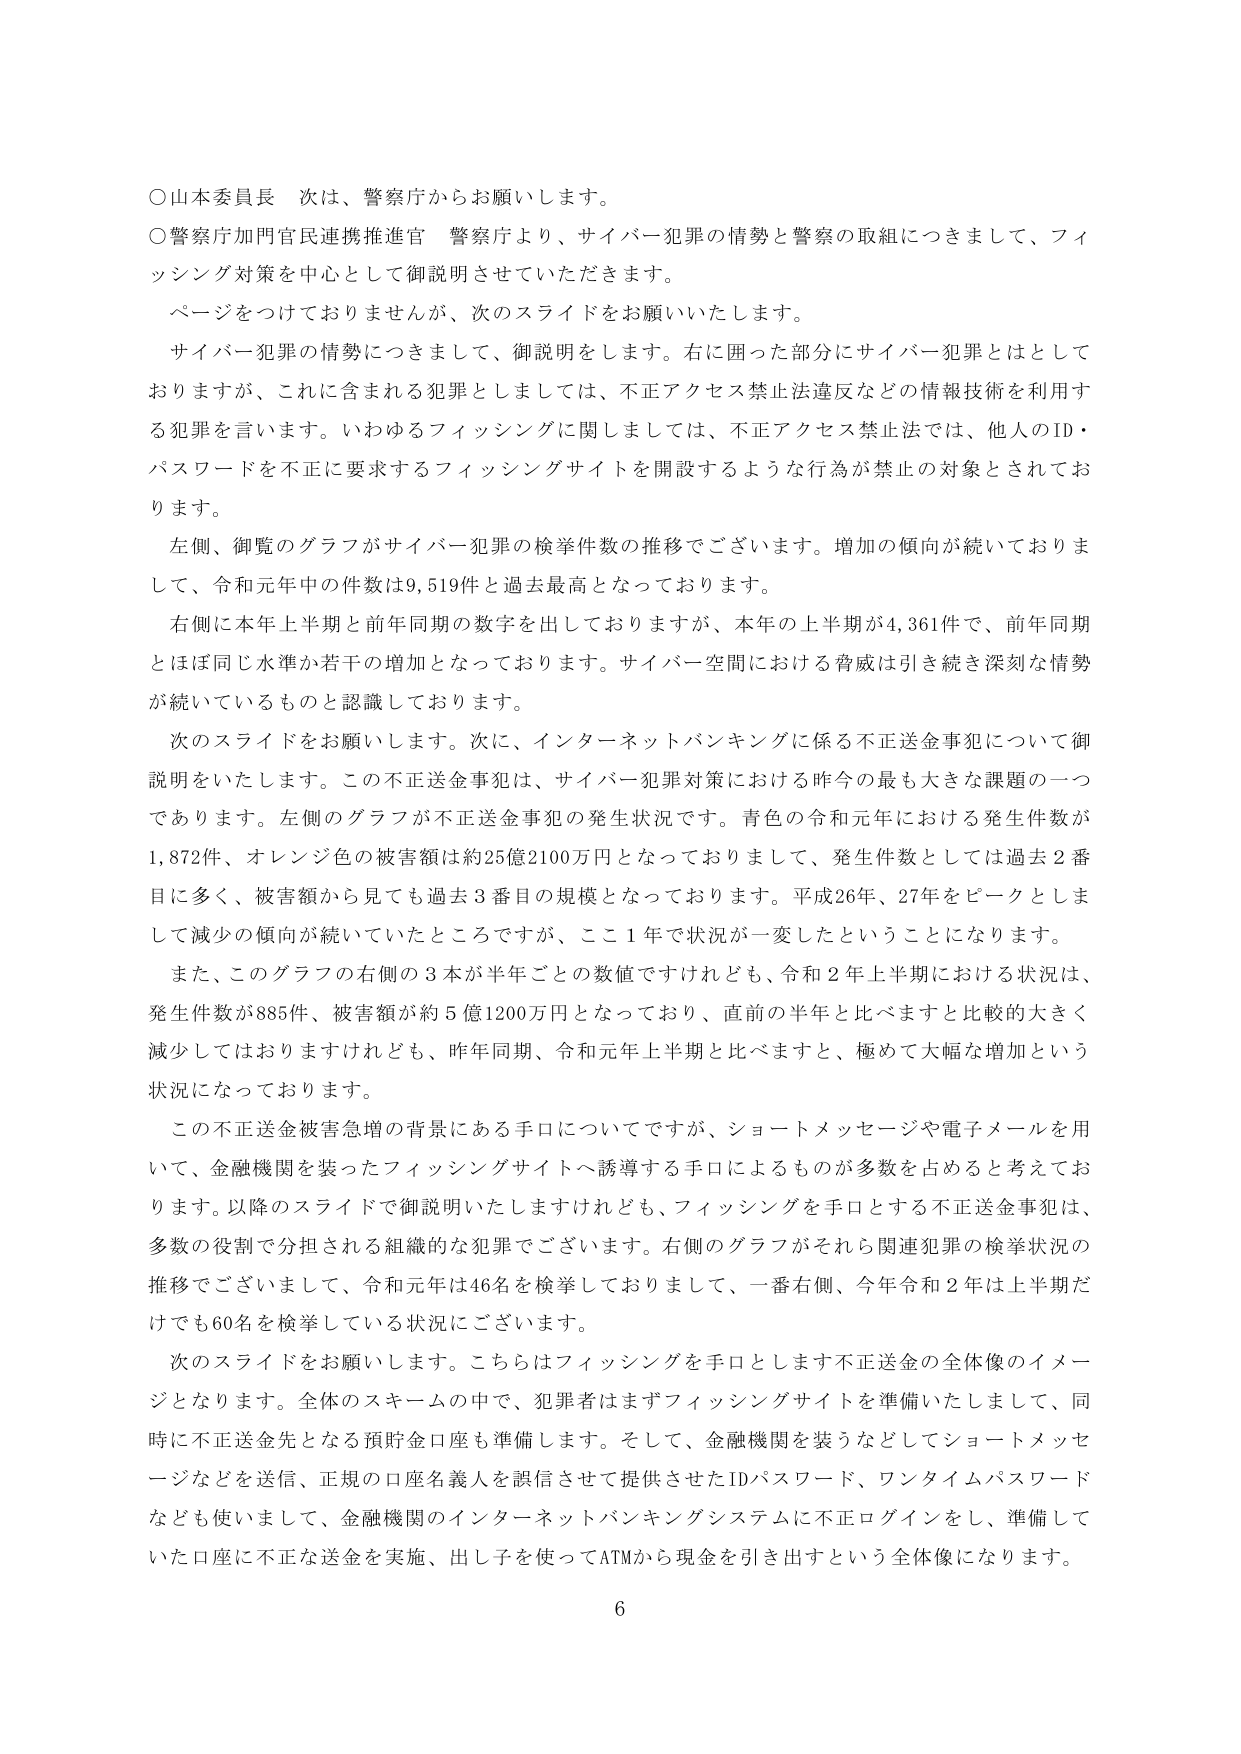
○山本委員長 次は、警察庁からお願いします。
○警察庁加図官民連携推進官 警察庁より、サイバー犯罪の情勢と警察の取組につきまして、フィッシング対策を中心として御説明させていただきます。
ページをつけておりませんが、次のスライドをお願いいたします。
サイバー犯罪の情勢につきまして、御説明をします。右に囲った部分にサイバー犯罪とはとしておりますが、これに含まれる犯罪としましては、不正アクセス禁止法違反などの情報技術を利用す る犯罪を言います。いわゆるフィッシングに関しましては、不正アクセス禁止法では、他人のID・パスワードを不正に要求するフィッシングサイトを開設するような行為が禁止の対象とされております。
左側、御覧のグラフがサイバー犯罪の検挙件数の推移でございます。増加の傾向が続いておりまして、令和元年中の件数は9,519件と過去最高となっております。
右側に本年上半期と前年同期の数字を出しておりますが、本年の上半期が4,361件で、前年同期とほぼ同じ水準か若干の増加となっております。サイバー空間における脅威は引き続き深刻な情勢が続いているものと認識しております。
次のスライドをお願いします。次に、インターネットバンキングに係る不正送金事犯について御説明をいたします。この不正送金事犯は、サイバー犯罪対策における昨今の最も大きな課題の一つであります。左側のグラフが不正送金事犯の発生状況です。青色の令和元年における発生件数が1,872件、オレンジ色の被害額は約25億2100万円となっておりまして、発生件数としては過去2番目に多く、被害額から見ても過去3番目の規模となっております。平成26年、27年をピークとしまして減少の傾向が続いていたところですが、ここ1年で状況が一変したということになります。
また、このグラフの右側の3本が半年ごとの数値ですけれども、令和2年上半期における状況は、発生件数が885件、被害額が約5億1200万円となっており、直前の半年と比べますと比較的大きく減少してはおりますけれども、昨年同期、令和元年上半期と比べますと、極めて大幅な増加という状況になっております。
この不正送金被害急増の背景にある手口についてですが、ショートメッセージや電子メールを用いて、金融機関を装ったフィッシングサイトへ誘導する手口によるものが多数を占めると考えております。以降のスライドで御説明いたしますけれども、フィッシングを手口とする不正送金事犯は、多数の役割で分担される組織的な犯罪でございます。右側のグラフがそれら関連犯罪の検挙状況の推移でございまして、令和元年は46名を検挙しておりまして、一番右側、今年令和2年は上半期だけでも60名を検挙している状況にございます。
次のスライドをお願いします。こちらはフィッシングを手口とします不正送金の全体像のイメージとなります。全体のスキームの中で、犯罪者はまずフィッシングサイトを準備いたしまして、同時に不正送金先となる預貯金口座も準備します。そして、金融機関を装うなどしてショートメッセージなどを送信、正規の口座名義人を誤信させて提供させたIDパスワード、ワンタイムパスワードなども使いまして、金融機関のインターネットバンキングシステムに不正ログインをし、準備していた口座に不正な送金を実施、出しずを使ってATMから現金を引き出すという全体像になります。
6